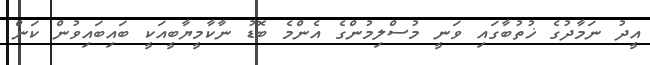
އީދު ނަމާދުގެ ޚުތުބާގައި ވަނީ މުސްލިމުންގެ އެންމެ ބޮޑު ނާކާމީޔާބީއަކީ ބައިބައިވުން ކަން